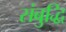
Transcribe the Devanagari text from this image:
संबुद्धि